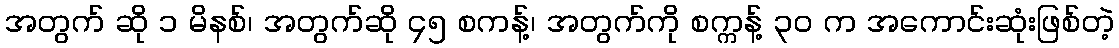
အတွက် ဆို ၁ မိနစ်၊ အတွက်ဆို ၄၅ စကန့်၊ အတွက်ကို စက္ကန့် ၃၀ က အကောင်းဆုံးဖြစ်တဲ့